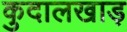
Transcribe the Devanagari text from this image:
कुदालखाड़